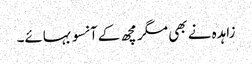
زاہدہ نے بھی مگر مچھ کے آنسو بہائے۔